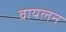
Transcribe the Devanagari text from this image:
वायलन